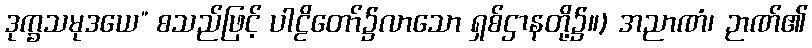
ဒုက္ခသမုဒယေ” စသည်ဖြင့် ပါဠိတော်၌လာသော ရှစ်ဌာနတို့၌။) အညာဏံ၊ ဉာဏ်၏